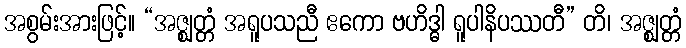
အစွမ်းအားဖြင့်။ “အဇ္ဈတ္တံ အရူပသညီ ဧကော ဗဟိဒ္ဓါ ရူပါနိပဿတီ” တိ၊ အဇ္ဈတ္တံ